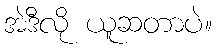
အဲဒီလို ယူဆတာပဲ။